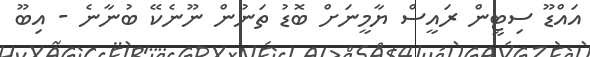
އައްޑޫ ސިޓީން ރައީސް ޔާމީނަށް ބޮޑު ތަނުން ނޫނެކޭ ބުނާނެ - އިބޫ